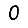
Digit: 0